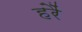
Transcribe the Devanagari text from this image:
हरैं